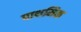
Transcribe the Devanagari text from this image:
पाथमिक